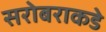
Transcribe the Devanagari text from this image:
सरोबराकडे